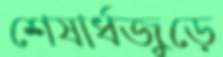
শেষার্ধজুড়ে